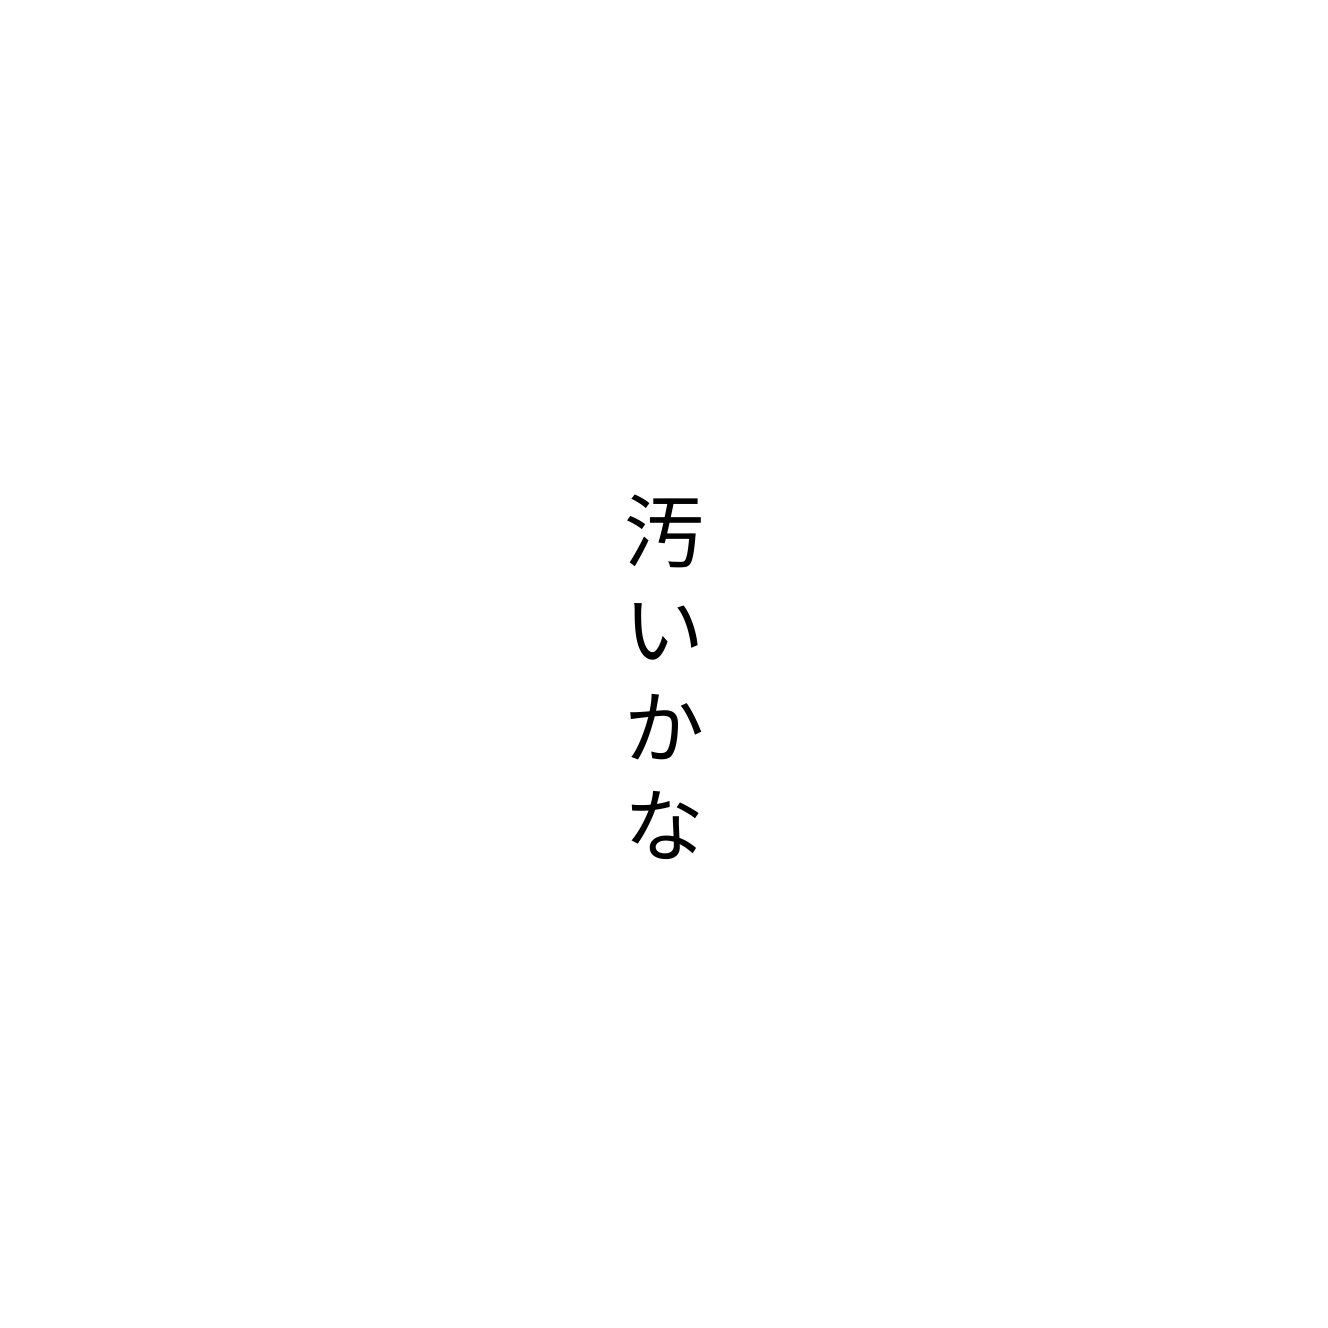
汚いかな